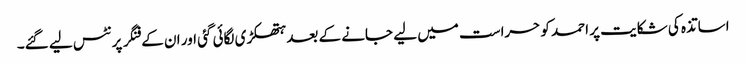
اساتذہ کی شکایت پر احمد کو حراست میں لیے جانے کے بعد ہتھکڑی لگائی گئی اور ان کے فنگر پرنٹس لیے گئے۔